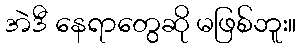
အဲဒီ နေရာတွေဆို မဖြစ်ဘူး။